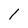
Character: 1